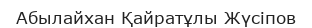
Абылайхан Қайратұлы Жүсіпов